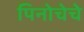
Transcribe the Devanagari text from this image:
पिनोचेचे